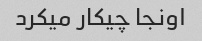
اونجا چیکار میکرد